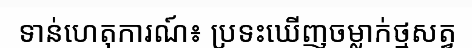
ទាន់ហេតុការណ៍៖ ប្រទះឃើញចម្លាក់ថ្មសត្វ